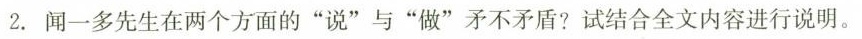
2.闻一多先生在两个方面的”说”与”做”矛不矛盾?试结合全文内容进行说明。